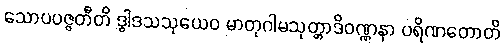
သောပပဇ္ဇတီတိ ဒွါဒသသုယေဝ မာတုဂါမသုတ္တာဒိဝဏ္ဏနာ ပရိဏတောတိ